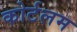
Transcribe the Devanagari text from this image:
कोर्टलम